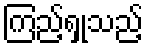
ကြည့်ရှုသည့်